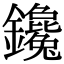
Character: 鑱